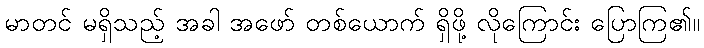
မာတင် မရှိသည့် အခါ အဖော် တစ်ယောက် ရှိဖို့ လိုကြောင်း ပြောကြ၏။